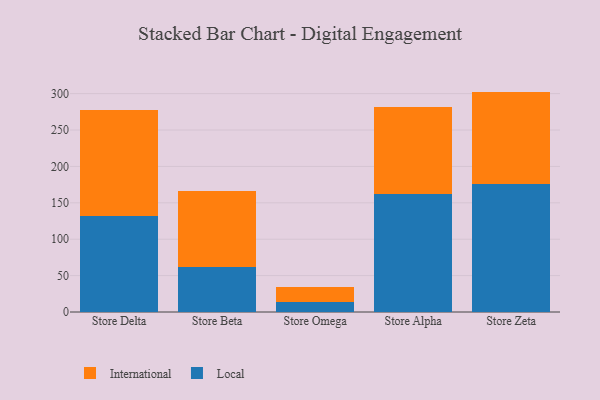
{"axis": {"x": "Store", "y": "Active Users"}, "legend": ["International", "Local"], "data": [{"x": "Store Delta", "y": 132.1, "type": "Local"}, {"x": "Store Delta", "y": 146.1, "type": "International"}, {"x": "Store Beta", "y": 62.4, "type": "Local"}, {"x": "Store Beta", "y": 103.4, "type": "International"}, {"x": "Store Omega", "y": 14.4, "type": "Local"}, {"x": "Store Omega", "y": 20.4, "type": "International"}, {"x": "Store Alpha", "y": 162.5, "type": "Local"}, {"x": "Store Alpha", "y": 119.0, "type": "International"}, {"x": "Store Zeta", "y": 175.5, "type": "Local"}, {"x": "Store Zeta", "y": 127.3, "type": "International"}]}